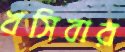
খসিবার